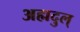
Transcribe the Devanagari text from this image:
अह्मदुल्